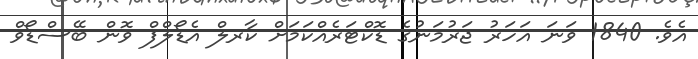
އެވެ. 1840 ވަނަ އަހަރު ޖަރުމަނުގެ ޑޮކްޓަރެއްކަމަށް ކާރލް އެޑޯލްފް ވޮން ބޭސްޑޯވް